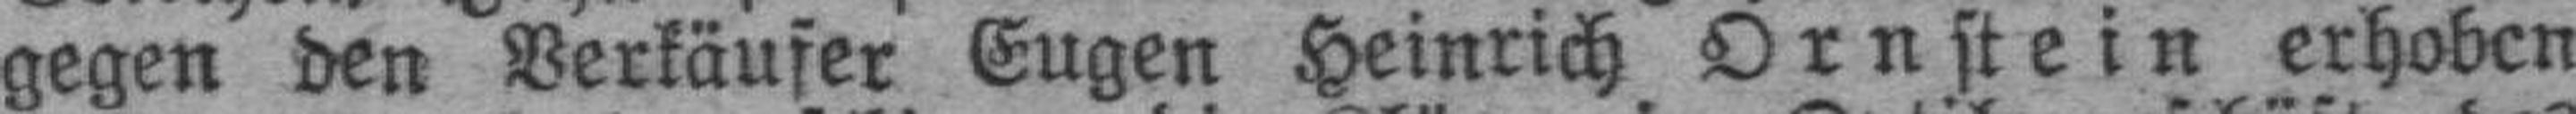
gegen den Verkäufer Eugen Heinrich Ornstein erhoben